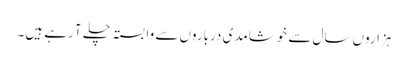
ہزاروں سال سے خوشامدی درباروں سے وابستہ چلے آ رہے ہیں۔